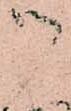
御